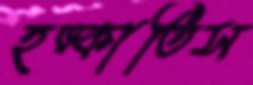
হড়্‌কাতিস